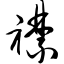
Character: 襟